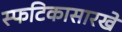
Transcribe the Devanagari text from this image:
स्फटिकासारखे